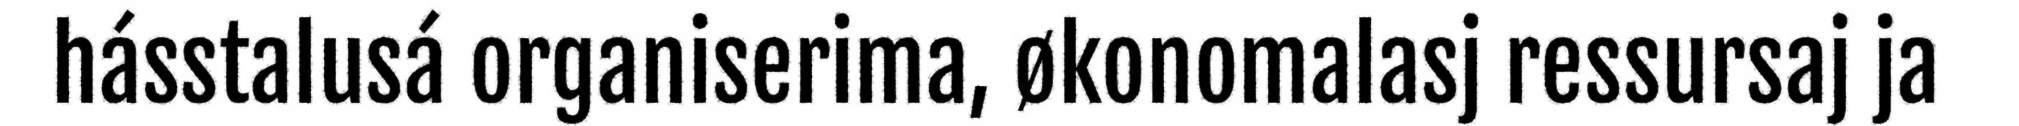
hásstalusá organiserima, økonomalasj ressursaj ja